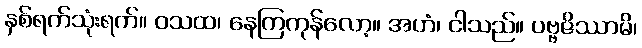
နှစ်ရက်သုံးရက်။ ဝသထ၊ နေကြကုန်လော့။ အဟံ၊ ငါသည်။ ပဗ္ဗဇိဿာမိ၊